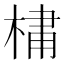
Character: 𪲯